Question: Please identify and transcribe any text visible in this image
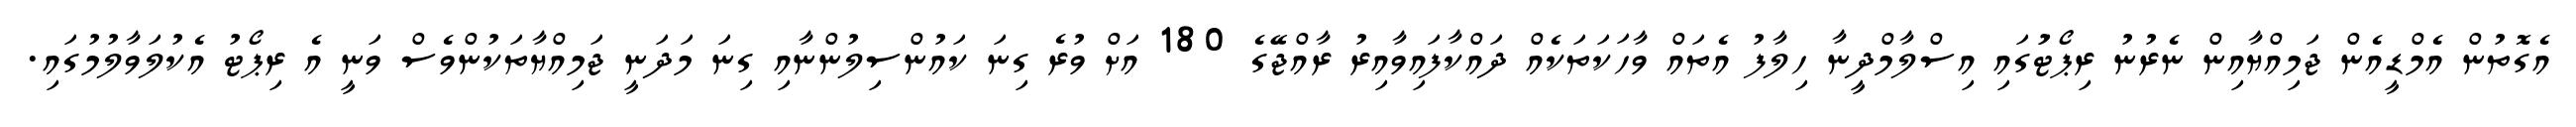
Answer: އެގޮތުން އެމްޑީއެން ޖަމިއްޔާއިން ނެރުނު ރިޕޯޓުަގައި އިސްލާމްދީނާ ހިލާފު އެތައް ވާހަކަތަކެއް ދައްކާފައިވާއިރު ރާއްޖޭގެ 180 އަށް ވުރެ ގިނަ ކައުންސިލުންނާއި ގިނަ މަދަނީ ޖަމިއްޔާތަކުންވެސް ވަނީ އެ ރިޕޯޓު އެކުލަވާލުމުގައި.